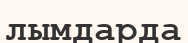
лымдарда